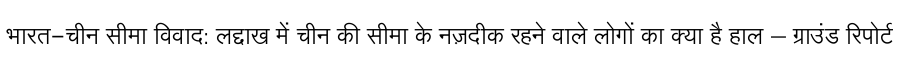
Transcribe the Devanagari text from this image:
भारत-चीन सीमा विवाद: लद्दाख में चीन की सीमा के नज़दीक रहने वाले लोगों का क्या है हाल – ग्राउंड रिपोर्ट